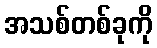
အသစ်တစ်ခုကို